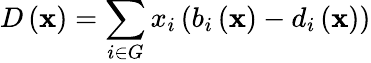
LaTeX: D\left(\mathbf{x}\right)=\sum_{i\in G}x_{i}\left(b_{i}\left(\mathbf{x}\right)-d_{i}\left(\mathbf{x}\right)\right)